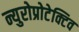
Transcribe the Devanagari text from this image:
न्युरोप्रोटेक्टिव